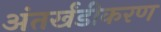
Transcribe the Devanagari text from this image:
अंतर्खंडीकरण